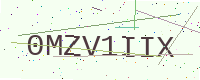
Text: 0MZV1IIX